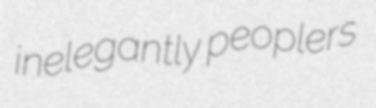
inelegantly peoplers